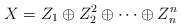
\begin{align*}X=Z_1\oplus Z_2^2\oplus\cdots\oplus Z_n^n\end{align*}